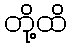
တို့ထိ